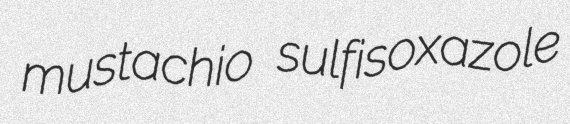
mustachio sulfisoxazole